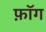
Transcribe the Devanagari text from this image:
फ़ॉग